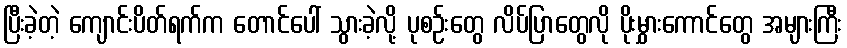
ပြီးခဲ့တဲ့ ကျောင်းပိတ်ရက်က တောင်ပေါ် သွားခဲ့လို့ ပုစဉ်းတွေ လိပ်ပြာတွေလို ပိုးမွှားကောင်တွေ အများကြီး